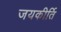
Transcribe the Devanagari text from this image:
जयकीर्ति